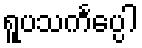
ရူပသင်္ကပ္ပေါ